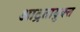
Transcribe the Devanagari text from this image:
आद्रतायुक्त